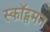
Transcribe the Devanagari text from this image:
स्कॉट्समन